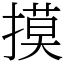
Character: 摸